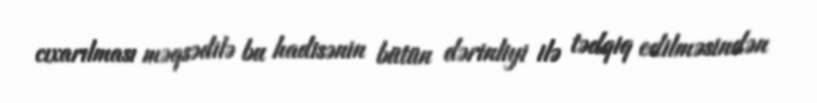
cıxarılması məqsədilə bu hadisənin bütün dərinliyi ilə tədqiq edilməsindən